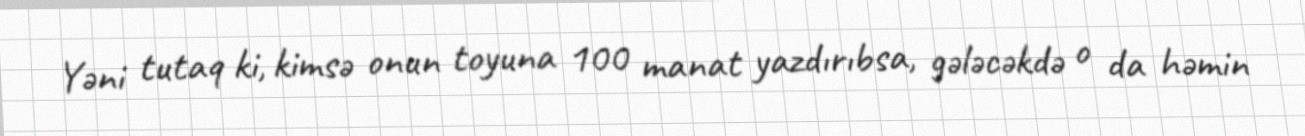
Yəni tutaq ki, kimsə onun toyuna 100 manat yazdırıbsa, gələcəkdə o da həmin